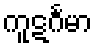
ကူဋင်္ဂမာ